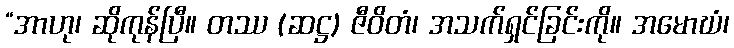
“အာဟု၊ ဆိုကုန်ပြီ။ တဿ (ဆဋ္ဌ) ဇီဝိတံ၊ အသက်ရှင်ခြင်းကို။ အမောဃံ၊